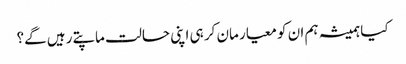
کیا ہمیشہ ہم ان کو معیار مان کر ہی اپنی حالت ماپتے رہیں گے؟